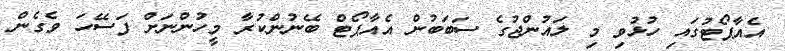
އެއާޕޯޓުގައި ހުޅުވި މި ލައުންޖުގެ ސަބަބުން އެއާޕޯޓް ބޭނުންކުރާ މީހުންނަށް ފަސޭހަ ވެގެން